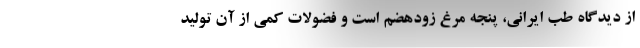
از دیدگاه طب ایرانی، پنجه مرغ زودهضم است و فضولات کمی از آن تولید